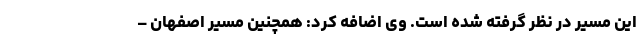
این مسیر در نظر گرفته شده است. وی اضافه کرد: همچنین مسیر اصفهان –